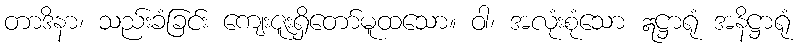
တာဒိနာ၊ သည်းခံခြင်း ကျေးဇူးရှိတော်မူထသော။ ဝါ၊ အလုံးစုံသော ဣဋ္ဌာရုံ အနိဋ္ဌာရုံ